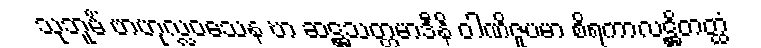
သုဘူမိံ ဗာဟုလ္လဝသေန ဎာ ဆဋ္ဌသတ္တမာဒီနိ ဝါဏိဇူပမာ စိရကာလဋ္ဌိတတ္ထံ